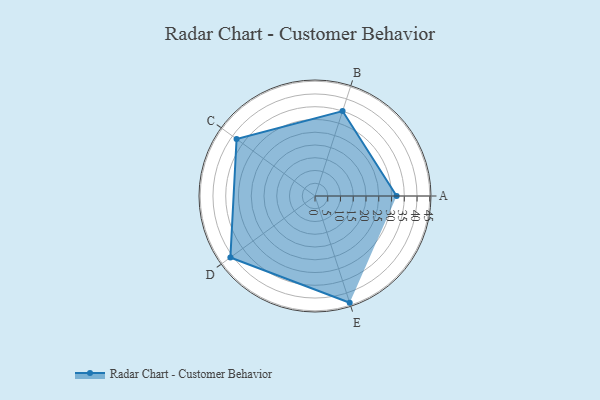
{"axis": {"x": "Skill", "y": "Score"}, "legend": ["Profile"], "data": [{"x": "A", "y": 32.0, "type": "Profile"}, {"x": "B", "y": 35.0, "type": "Profile"}, {"x": "C", "y": 38.0, "type": "Profile"}, {"x": "D", "y": 41.0, "type": "Profile"}, {"x": "E", "y": 44.0, "type": "Profile"}]}